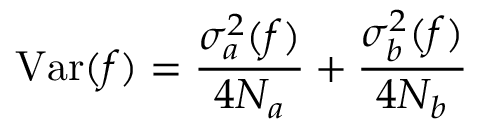
\mathrm { V a r } ( f ) = { \frac { \sigma _ { a } ^ { 2 } ( f ) } { 4 N _ { a } } } + { \frac { \sigma _ { b } ^ { 2 } ( f ) } { 4 N _ { b } } }